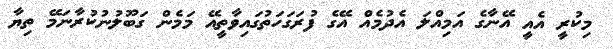
މިކުރީ އެއީ އޭނާގެ އަމިއްލަ އެދުމެއް އޭގެ ފުރަގަހަތުގައިވާތީއޭ މަމެން ގަބޫލުނުކުރާނަމޭ ތިޔާ